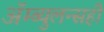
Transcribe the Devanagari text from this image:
ॲम्ब्युलन्सही